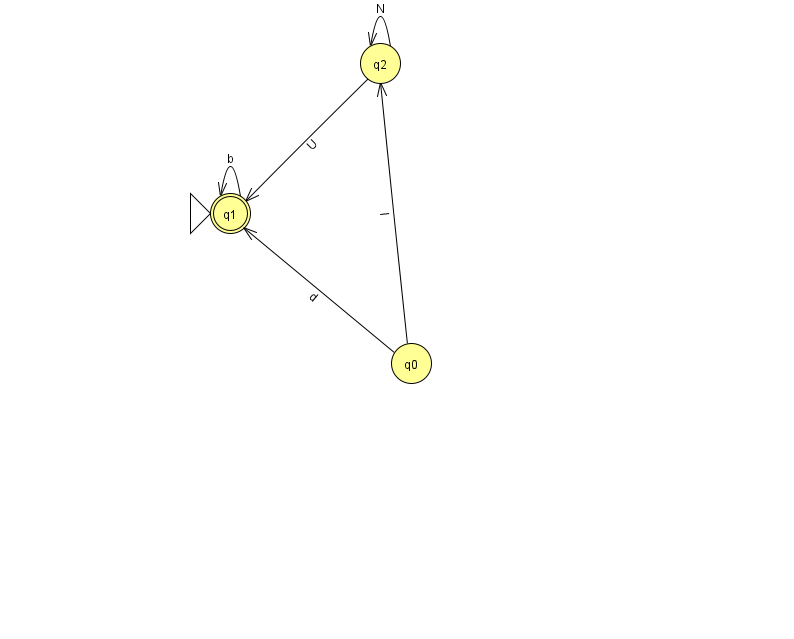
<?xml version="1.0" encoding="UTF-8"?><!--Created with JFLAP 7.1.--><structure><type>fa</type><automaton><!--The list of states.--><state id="0" name="q0"><x>411.0</x><y>350.0</y></state><state id="1" name="q1"><x>230.0</x><y>200.0</y><initial/><final/></state><state id="2" name="q2"><x>380.0</x><y>50.0</y></state><!--The list of transitions.--><transition><from>0</from><to>2</to><read>l</read></transition><transition><from>1</from><to>1</to><read>b</read></transition><transition><from>0</from><to>1</to><read>d</read></transition><transition><from>2</from><to>1</to><read>U</read></transition><transition><from>2</from><to>2</to><read>N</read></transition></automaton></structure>